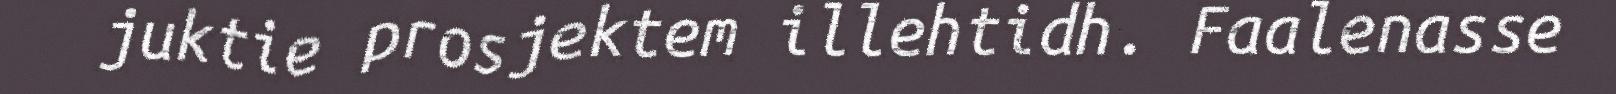
juktie prosjektem illehtidh. Faalenasse